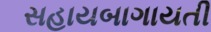
સહાયબાગાયતી